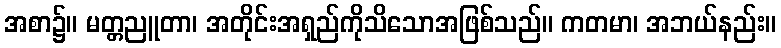
အစာ၌။ မတ္တညူတာ၊ အတိုင်းအရှည်ကိုသိသောအဖြစ်သည်။ ကတမာ၊ အဘယ်နည်း။